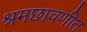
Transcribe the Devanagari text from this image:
श्रमछावणीत